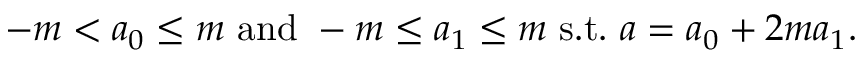
- m < a _ { 0 } \leq m { \mathrm { ~ a n d ~ } } - m \leq a _ { 1 } \leq m { \mathrm { ~ s . t . ~ } } a = a _ { 0 } + 2 m a _ { 1 } .